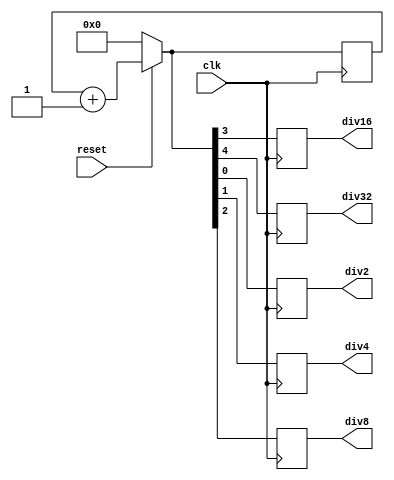
`timescale 1ns / 1ps
//////////////////////////////////////////////////////////////////////////////////
// Company: 
// Engineer: 
// 
// Design Name: 
// Module Name: main
// Project Name: 
// Target Devices: 
// Tool Versions: 
// Description: 
// 
// Dependencies: 
// 
// Revision:
// Revision 0.01 - File Created
// Additional Comments:
// 
//////////////////////////////////////////////////////////////////////////////////


module main(
input clk, reset,
output reg div2, div4, div8, div16, div32);
reg [4:0]count; 

always @(posedge clk)
begin
if(reset == 0)
count = 5'b00000;
else 
count = count+1;
div2 = count[0]; //to divide original clock by 2
div4 = count[1]; //to divide original clock by 4
div8 = count[2]; //to divide original clock by 8
div16 = count[3];  //to divide original clock by 16
div32 = count[4];  //to divide original clock by 32
end
endmodule